Plague in India, 1896, 1897 - Volume 2
Year: 1896
Disease focus: Plague
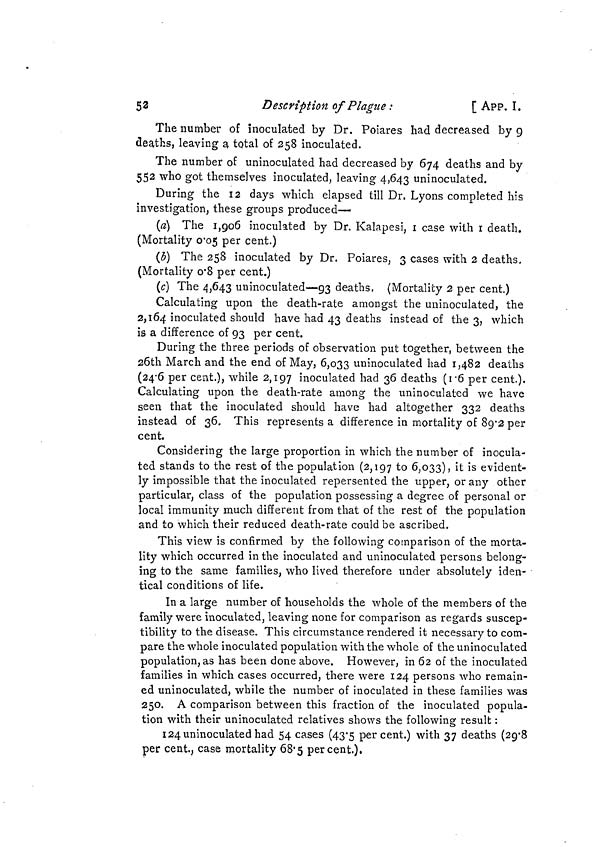
52
Description of Plague :
[ APP. I.
The number of inoculated by Dr. Poiares had decreased by 9
deaths, leaving a total of 258 inoculated.
The number of uninoculated had decreased by 674 deaths and by
552 who got themselves inoculated, leaving 4,643 uninoculated.
During the 12 days which elapsed till Dr, Lyons completed his
investigation, these groups produced—•
(a) The 1,906 inoculated by Dr. Kalapesi, 1 case with 1 death.
(Mortality 0.05 per cent.)
(b) The 258 inoculated by Dr. Poiares, 3 cases with 2 deaths.
(Mortality 0.8 per cent.)
(c) The 4,643 uninoculated—93 deaths, (Mortality 2 per cent.)
Calculating upon the death-rate amongst the uninoculated, the
2,164 inoculated should have had 43 deaths instead of the 3, which
is a difference of 93 per cent.
During the three periods of observation put together, between the
26th March and the end of May, 6,033 uninoculated had 1,482 deaths
(24.6 per cent.), while 2,197 inoculated had 36 deaths (1.6 per cent.).
Calculating upon the death-rate among the uninoculated we have
seen that the inoculated should have had altogether 332 deaths
instead of 36. This represents a difference in mortality of 89.2 per
cent.
Considering the large proportion in which the number of inocula-
ted stands to the rest of the population (2,197 to 6,033), it is evident-
ly impossible that the inoculated repersented the upper, or any other
particular, class of the population possessing a degree of personal or
local immunity much different from that of the rest of the population
and to which their reduced death-rate could be ascribed.
This view is confirmed by the following comparison of the morta-
lity which occurred in the inoculated and uninoculated persons belong-
ing to the same families, who lived therefore under absolutely iden-
tical conditions of life.
In a large number of households the whole of the members of the
family were inoculated, leaving none for comparison as regards suscep-
tibility to the disease. This circumstance rendered it necessary to com-
pare the whole inoculated population with the whole of the uninoculated
population, as has been done above. However, in 62 of the inoculated
families in which cases occurred, there were 124 persons who remain-
ed uninoculated, while the number of inoculated in these families was
250. A comparison between this fraction of the inoculated popula-
tion with their uninoculated relatives shows the following result :
124 uninoculated had 54 cases (43.5 percent.) with 37 deaths (29.8
per cent., case mortality 68.5 percent.).